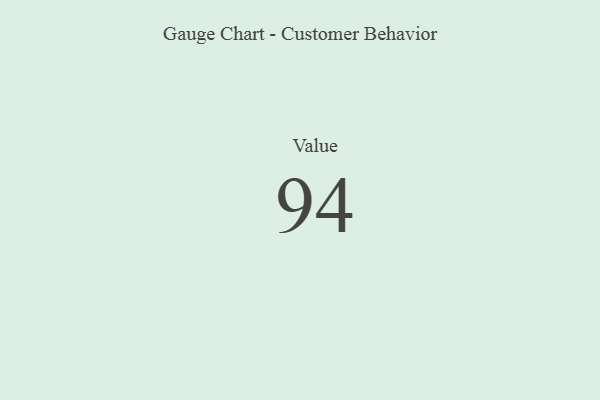
{"axis": {"x": "Metric", "y": "Value"}, "legend": [""], "data": [{"x": "Value", "y": 94, "type": ""}]}